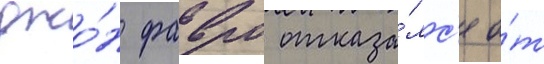
джо́н фавро отказа́лс'я о́т